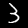
Label: 3